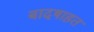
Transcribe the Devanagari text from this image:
बादषाहत